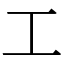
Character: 工